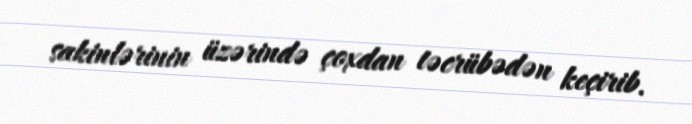
sakinlərinin üzərində çoxdan təcrübədən keçirib.